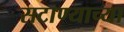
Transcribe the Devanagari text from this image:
सटाण्याच्या